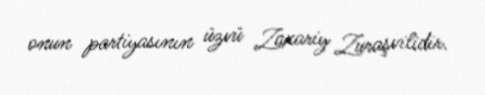
onun partiyasının üzvü Zaxariy Zuraşvilidir.